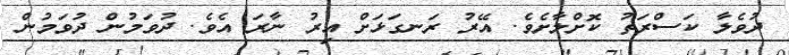
ދުވެލާ ކަސްރަތު ކޮށްލާށެވެ. އޭރު ރަނގަޅަށް އިރު ނާރަ އެވެ. ދުވަމުން ދުވަމުން